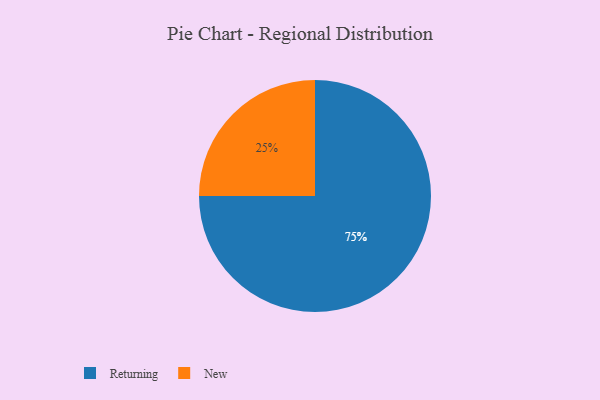
{"axis": {"x": "Category", "y": "Percentage"}, "legend": ["New", "Returning"], "data": [{"x": "New", "y": 25, "type": "New"}, {"x": "Returning", "y": 75, "type": "Returning"}]}